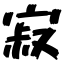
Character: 寂